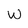
Character: W